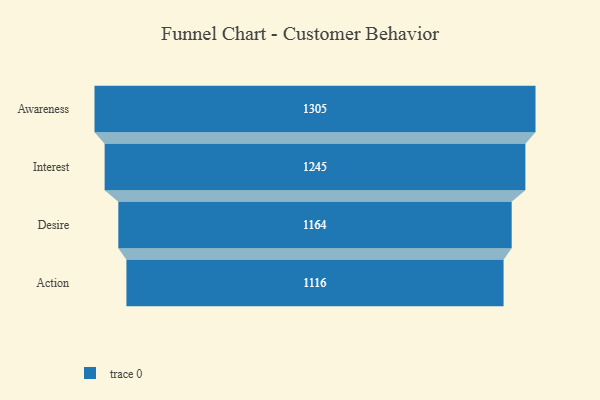
{"axis": {"x": "Stage", "y": "Value"}, "legend": [""], "data": [{"x": "Awareness", "y": 1305.0, "type": ""}, {"x": "Interest", "y": 1245.0, "type": ""}, {"x": "Desire", "y": 1164.0, "type": ""}, {"x": "Action", "y": 1116.0, "type": ""}]}